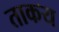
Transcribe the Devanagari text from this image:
ताकय